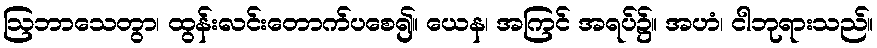
ဩဘာသေတွာ၊ ထွန်းလင်းတောက်ပစေ၍။ ယေန၊ အကြင် အရပ်၌။ အဟံ၊ ငါဘုရားသည်။